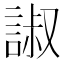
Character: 諔